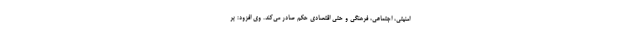
امنیتی، اجتماعی، فرهنگی و حتی اقتصادی حکم صادر می‌کند. وی افزود: بر